Calcutta medical institutions reports 1879-81 [i.e.91]
Year: 1879
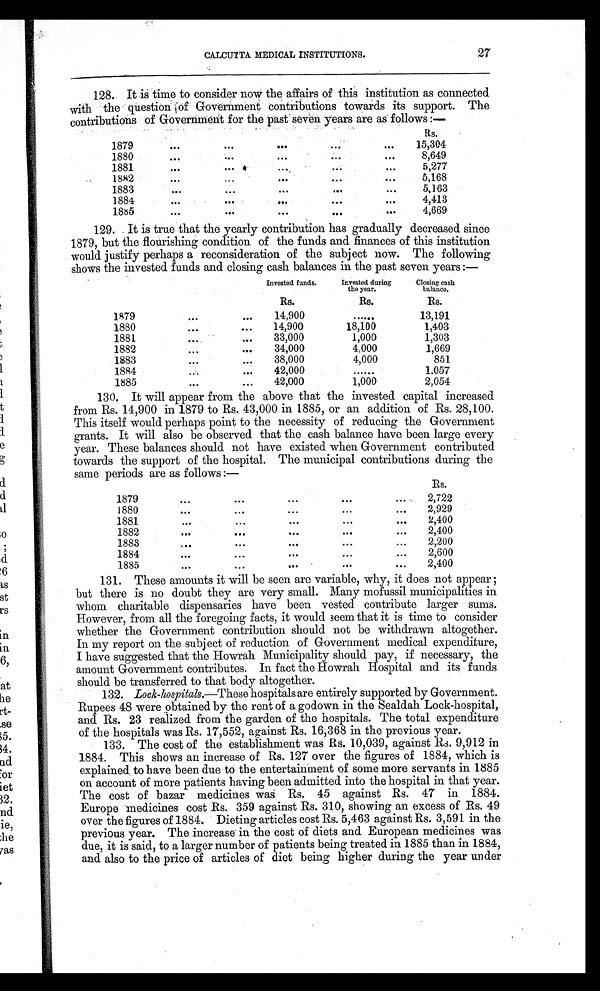
CALCUTTA MEDICAL INSTITUTIONS.
27
128. It is time to consider now the affairs of this institution as connected
with the question of Government contributions towards its support. The
contributions of Government for the past seven years are as follows :—
Rs.
1879
15,304
1880
8,649
1881
5,277
1882
5,168
1883
5,163
1 884
4,413
1885
4,669
129. It is true that the yearly contribution has gradually decreased since
1879, but the flourishing condition of the funds and finances of this institution
would justify perhaps a reconsideration of the subject now. The following
shows the invested funds and closing cash balances in the past seven years :—
Invested funds.
Invested during
the year.
Closing cash
balance.
Rs.
Rs.
Rs.
1879
14,900
. . . . . .
13,191
1880
14,900
18,100
1,403
1881
33,000
1,000
1,303
1882
34,000
4,000
1,669
1883
38,000
4,000
851
1884
42,000
. . . . . .
1.057
1885
42,000
1,000
2,054
130. It will appear from the above that the invested capital increased
from Rs. 14,900 in 1879 to Rs. 43,000 in 1885, or an addition of Rs. 28,100.
This itself would perhaps point to the necessity of reducing the Government
grants. It will also be observed that the cash balance have been large every
year. These balances should not have existed when Government contributed
towards the support of the hospital. The municipal contributions during the
same periods are as follows :—
Rs.
1879
2,722
1880
2,929
1881
2,400
1882
2,400
1883
2,200
1884
2,600
1885
2,400
131. These amounts it will be seen are variable, why, it does not appear;
but there is no doubt they are very small. Many mofussil municipalities in
whom charitable dispensaries have been vested contribute larger sums.
However, from all the foregoing facts, it would seem that it is time to consider
whether the Government contribution should not be withdrawn altogether.
In my report on the subject of reduction of Government medical expenditure,
I have suggested that the Howrah Municipality should pay, if necessary, the
amount Government contributes. In fact the Howrah Hospital and its funds
should be transferred to that body altogether.
132. Lock-hospitals .—These hospitals are entirely supported by Government.
Rupees 48 were obtained by the rent of a godown in the Sealdah Lock-hospital,
and Rs. 23 realized from the garden of the hospitals. The total expenditure
of the hospitals was Rs. 17,552, against Rs. 16,368 in the previous year.
133. The cost of the establishment was Rs. 10,039, against R s. 9,912 in
1884. This shows an increase of Rs. 127 over the figures of 1884, which is
explained, to have been due to the entertainment of some more servants in 1885
on account of more patients having been admitted into the hospital in that year.
The cost of bazar medicines was Rs. 45 against Rs. 47 in 1884.
Europe medicines cost Rs. 359 against Rs. 310, showing an excess of Rs. 49
over the figures of 1884. Dieting articles cost Rs. 5,463 against Rs. 3,591 in the
previous year. The increase in the cost of diets and European medicines was
due, it is said, to a larger number of patients being treated in 1885 than in 1884,
and also to the price of articles of diet being higher during the year under